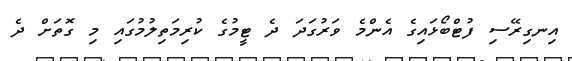
އިނގިރޭސި ފުޓްބޯޅައިގެ އެންމެ ވަރުގަދަ ދެ ޓީމުގެ ކުރިމަތިލުމުގައި މި ގޮތަށް ދެ